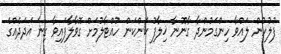
ފުލުހުން ލައްވާ ހިންގަމުންދާ ގާނޫނާ ޚިލާފު ކަންކަން ހުއްޓާލުމަށް ގޮވާލާފައިވާ ގިނަ އަދަދެއްގެ